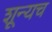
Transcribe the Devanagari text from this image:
शून्यच